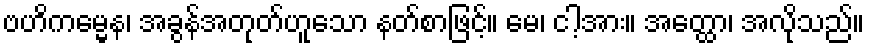
ဗဟိကမ္မေန၊ အခွန်အတုတ်ဟူသော နတ်စာဖြင့်။ မေ၊ ငါ့အား။ အတ္ထော၊ အလိုသည်။